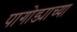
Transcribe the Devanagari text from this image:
पागोड्याच्या